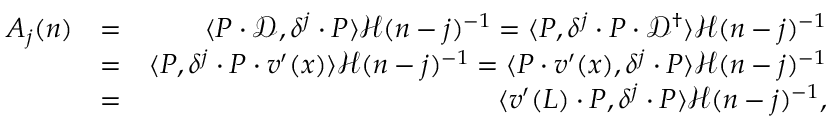
\begin{array} { r l r } { A _ { j } ( n ) } & { = } & { \langle P \cdot \mathcal { D } , \delta ^ { j } \cdot P \rangle \mathcal { H } ( n - j ) ^ { - 1 } = \langle P , \delta ^ { j } \cdot P \cdot \mathcal { D } ^ { \dagger } \rangle \mathcal { H } ( n - j ) ^ { - 1 } } \\ & { = } & { \langle P , \delta ^ { j } \cdot P \cdot v ^ { \prime } ( x ) \rangle \mathcal { H } ( n - j ) ^ { - 1 } = \langle P \cdot v ^ { \prime } ( x ) , \delta ^ { j } \cdot P \rangle \mathcal { H } ( n - j ) ^ { - 1 } } \\ & { = } & { \langle v ^ { \prime } ( L ) \cdot P , \delta ^ { j } \cdot P \rangle \mathcal { H } ( n - j ) ^ { - 1 } , } \end{array}